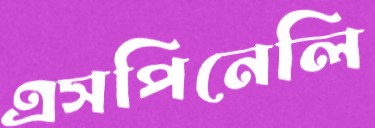
এসপিনেলি